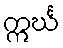
ဣင်္ဃ